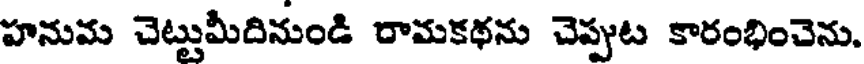
హనుమ చెట్టుమీదినుండి రామకథను చెప్పుట కారంభించెను.